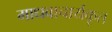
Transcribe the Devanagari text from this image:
माधवाचार्यकृत